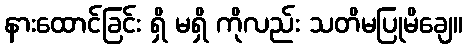
နားထောင်ခြင်း ရှိ မရှိ ကိုလည်း သတိမပြုမိချေ။